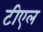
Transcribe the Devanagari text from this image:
टीएल